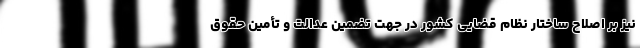
نیز بر اصلاح ساختار نظام قضایی کشور در جهت تضمین عدالت و تأمین حقوق